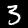
Digit: 3